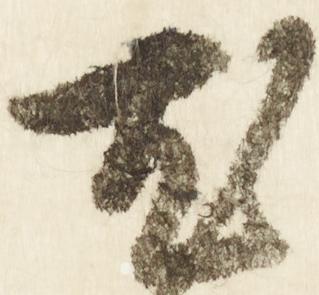
尤